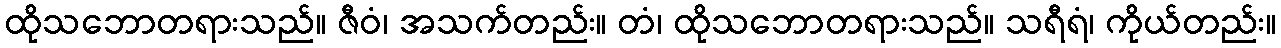
ထိုသဘောတရားသည်။ ဇီဝံ၊ အသက်တည်း။ တံ၊ ထိုသဘောတရားသည်။ သရီရံ၊ ကိုယ်တည်း။